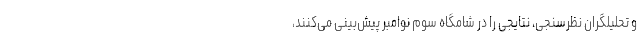
و تحلیلگران نظرسنجی، نتایجی را در شامگاه سوم نوامبر پیش‌بینی می‌کنند،